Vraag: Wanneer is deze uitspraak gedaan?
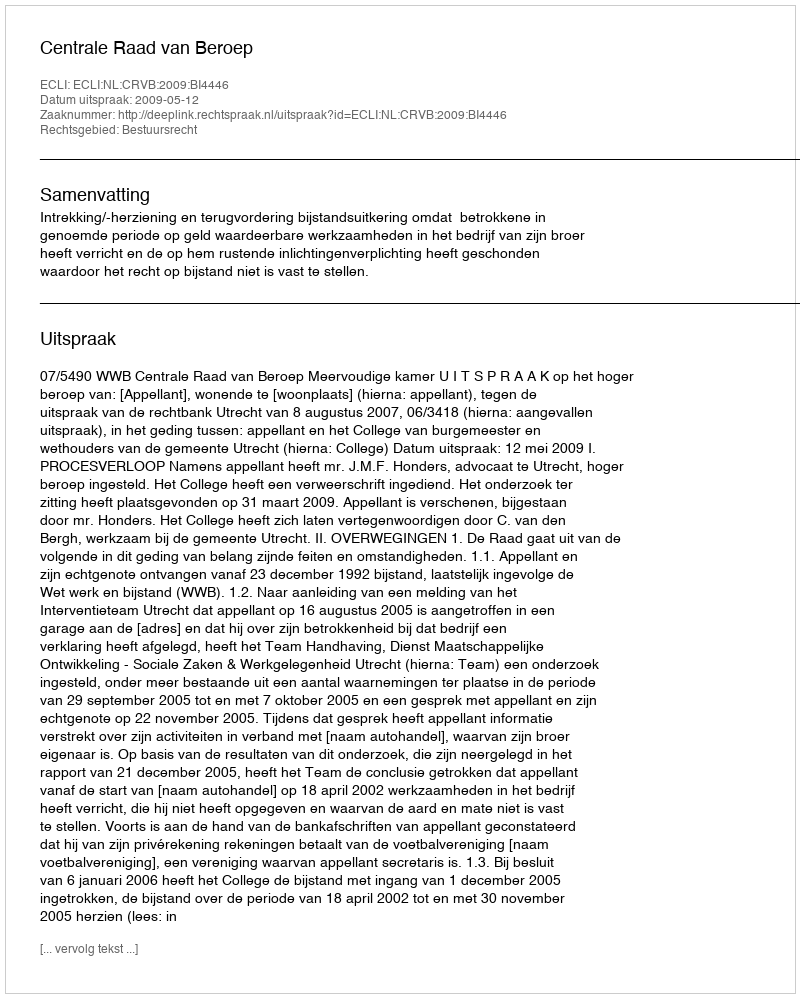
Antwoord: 2009-05-12